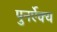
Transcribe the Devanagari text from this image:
पुनर्ऐक्य